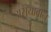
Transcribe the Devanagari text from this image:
असूयावान्